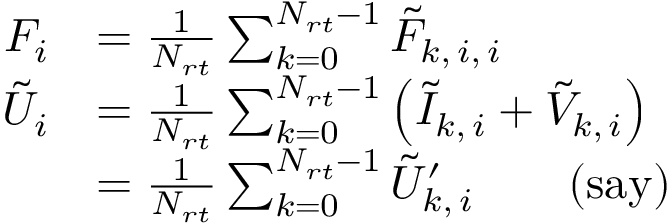
\begin{array} { r l } { F _ { i } } & { = \frac { 1 } { N _ { r t } } \sum _ { k = 0 } ^ { N _ { r t } - 1 } \tilde { F } _ { k , \, i , \, i } } \\ { \tilde { U } _ { i } } & { = \frac { 1 } { N _ { r t } } \sum _ { k = 0 } ^ { N _ { r t } - 1 } \left( \tilde { I } _ { k , \, i } + \tilde { V } _ { k , \, i } \right) } \\ & { = \frac { 1 } { N _ { r t } } \sum _ { k = 0 } ^ { N _ { r t } - 1 } \tilde { U } _ { k , \, i } ^ { \prime } \qquad \mathrm { ( s a y ) } } \end{array}